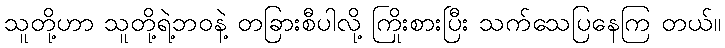
သူတို့ဟာ သူတို့ရဲ့ဘဝနဲ့ တခြားစီပါလို့ ကြိုးစားပြီး သက်သေပြနေကြ တယ်။